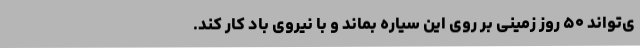
ی‌تواند ۵۰ روز زمینی بر روی این سیاره بماند و با نیروی باد کار کند.